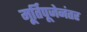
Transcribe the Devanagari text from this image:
मू्र्तिपूजेनंतर